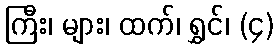
ကြီး၊ များ၊ ထက်၊ ရွှင်၊ (၄)